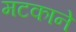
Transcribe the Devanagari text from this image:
मटकाने